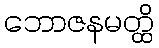
ဘောဇနမတ္ထိ